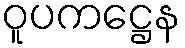
ဝူပကဋ္ဌေန